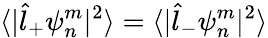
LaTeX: \langle|\hat{l}_{+}\psi_{n}^{m}|^{2}\rangle=\langle|\hat{l}_{-}\psi_{n}^{m}|^{2}\rangle